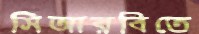
সিআরবিতে